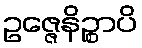
ဥဇ္ဇေနိဉ္စာပိ